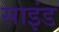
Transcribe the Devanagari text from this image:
साइंड